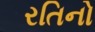
રતિનો